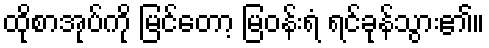
ထိုစာအုပ်ကို မြင်တော့ မြဝန်းရံ ရင်ခုန်သွား၏။